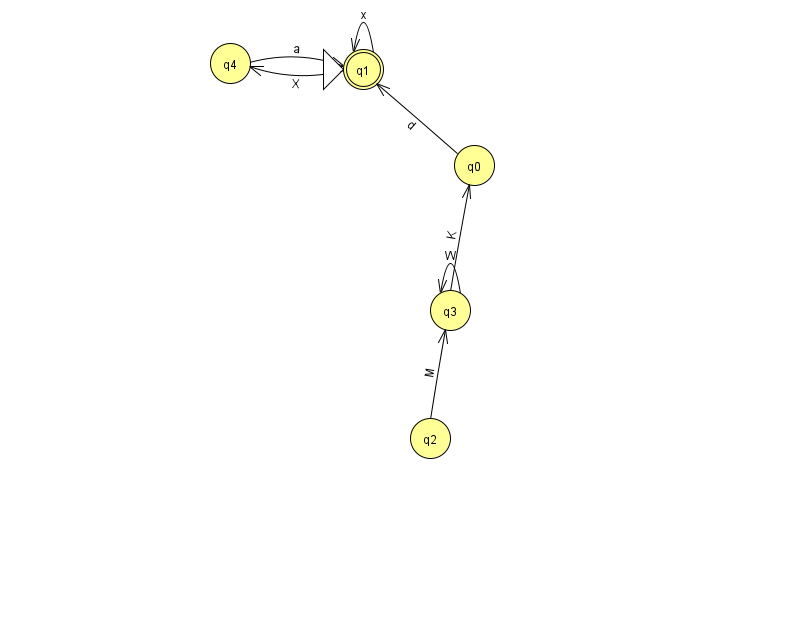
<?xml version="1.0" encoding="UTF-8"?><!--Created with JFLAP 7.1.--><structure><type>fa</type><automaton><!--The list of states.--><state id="0" name="q0"><x>474.0</x><y>152.0</y></state><state id="1" name="q1"><x>363.0</x><y>56.0</y><initial/><final/></state><state id="2" name="q2"><x>430.0</x><y>425.0</y></state><state id="3" name="q3"><x>450.0</x><y>297.0</y></state><state id="4" name="q4"><x>230.0</x><y>50.0</y></state><!--The list of transitions.--><transition><from>2</from><to>3</to><read>M</read></transition><transition><from>4</from><to>1</to><read>a</read></transition><transition><from>3</from><to>3</to><read>W</read></transition><transition><from>1</from><to>1</to><read>x</read></transition><transition><from>3</from><to>0</to><read>K</read></transition><transition><from>0</from><to>1</to><read>d</read></transition><transition><from>1</from><to>4</to><read>X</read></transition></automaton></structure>